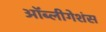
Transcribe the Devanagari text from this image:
ऑब्लीगेशंस